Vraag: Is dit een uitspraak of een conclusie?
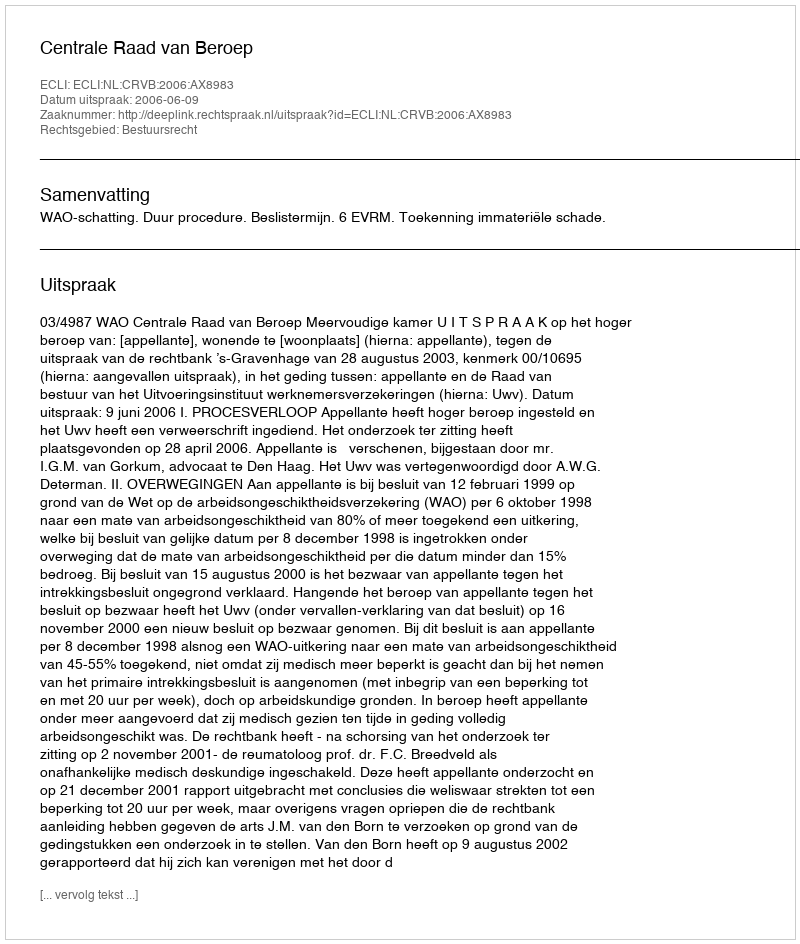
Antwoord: Uitspraak